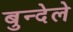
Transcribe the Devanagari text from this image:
बुन्देले